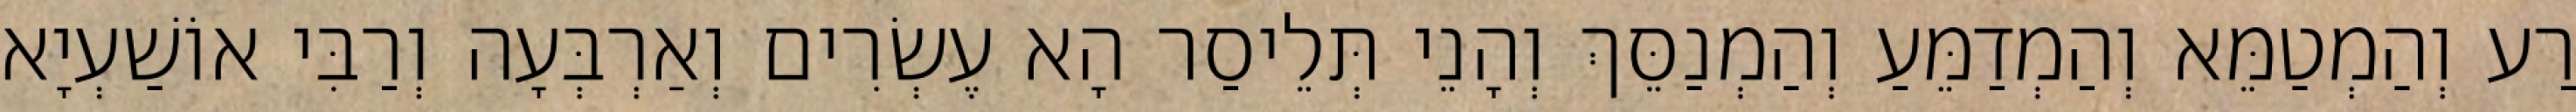
רַע וְהַמְטַמֵּא וְהַמְדַמֵּעַ וְהַמְנַסֵּךְ וְהָנֵי תְּלֵיסַר הָא עֶשְׂרִים וְאַרְבְּעָה וְרַבִּי אוֹשַׁעְיָא